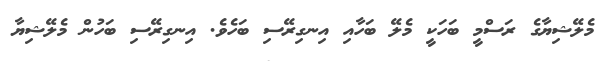
މެލޭޝިޔާގެ ރަސްމީ ބަހަކީ މެލޭ ބަހާއި އިނގިރޭސި ބަހެވެ. އިނގިރޭސި ބަހުން މެލޭޝިޔާ